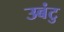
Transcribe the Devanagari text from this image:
उबंटु